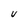
Character: U